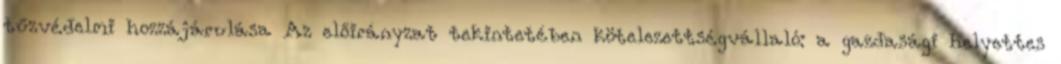
tűzvédelmi hozzájárulása Az előirányzat tekintetében kötelezettségvállaló: a gazdasági helyettes